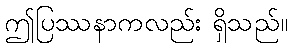
ဤပြဿနာကလည်း ရှိသည်။